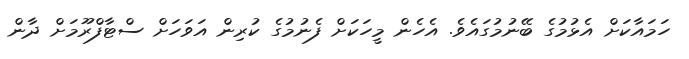
ހަމައާކަށް އެޅުމުގެ ބޭނުމުގައެވެ. އެހެން މީހަކަށް ފެނުމުގެ ކުރިން އަވަހަށް ސްޓާފްރޫމަށް ދާން